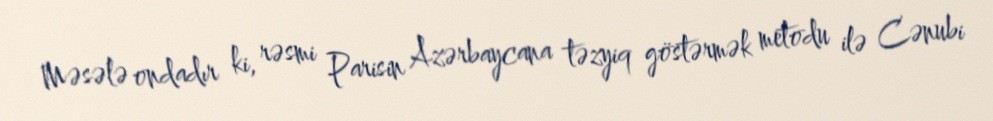
Məsələ ondadır ki, rəsmi Parisin Azərbaycana təzyiq göstərmək metodu ilə Cənubi